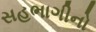
સહભાગીનો